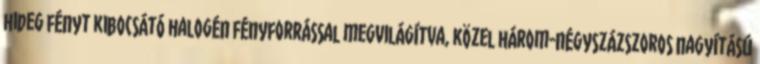
hideg fényt kibocsátó halogén fényforrással megvilágítva, közel három-négyszázszoros nagyítású